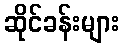
ဆိုင်ခန်းများ